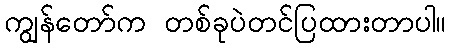
ကျွန်တော်က တစ်ခုပဲတင်ပြထားတာပါ။